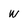
Character: W